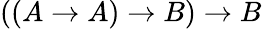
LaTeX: ((A\to A)\to B)\to B